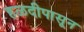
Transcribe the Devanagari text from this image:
हळदीपासून